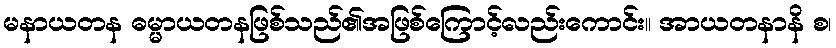
မနာယတန ဓမ္မာယတနဖြစ်သည်၏အဖြစ်ကြောင့်လည်းကောင်း။ အာယတနာနိ စ၊